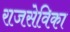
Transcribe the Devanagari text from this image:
राजसेविका